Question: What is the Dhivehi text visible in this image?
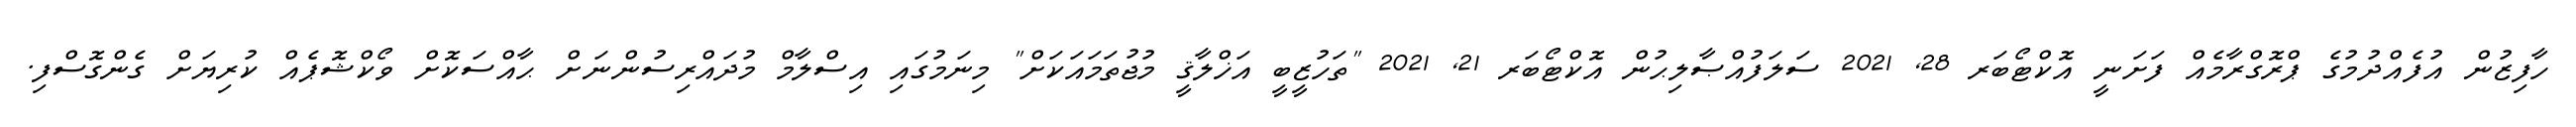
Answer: ހާފިޒުން އުފެއްދުމުގެ ޕްރޮގްރާމެއް ފަށަނީ އޮކްޓޯބަރ 28, 2021 ސަލަފުއްޞާލިޙުން އޮކްޓޯބަރ 21, 2021 "ތަހުޒީބީ އަޚްލާޤީ މުޖުތަމައަކަށް" މިނަމުގައި އިސްލާމް މުދައްރިސުންނަށް ޙާއްސަކޮށް ވޯކްޝޮޕެއް ކުރިޔަށް ގެންގޮސްފި.